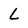
Character: L